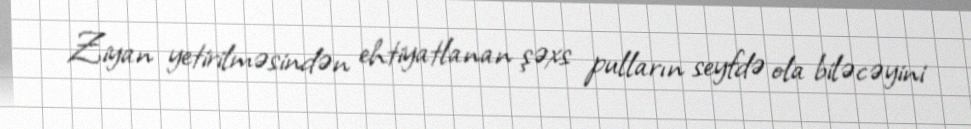
Ziyan yetirilməsindən ehtiyatlanan şəxs pulların seyfdə ola biləcəyini